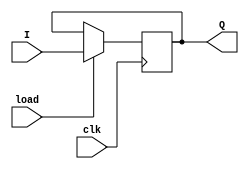
`timescale 1ns / 1ps
//////////////////////////////////////////////////////////////////////////////////
// Company: 
// Engineer: 
// 
// Design Name: 
// Module Name: simple_register_load
// Project Name: 
// Target Devices: 
// Tool Versions: 
// Description: 
// 
// Dependencies: 
// 
// Revision:
// Revision 0.01 - File Created
// Additional Comments:
// 
//////////////////////////////////////////////////////////////////////////////////


module simple_register_load
    #(parameter N = 4)(
        input clk,
        input load,
        input [N - 1:0] I,
        output [N - 1:0] Q        
    );
    
    reg [N - 1:0] Q_reg, Q_next;
    
    always @(posedge clk)
    begin
        Q_reg <= Q_next;
    end
    
    // Next State logic
    always @(load, I, Q_reg)
    begin
        if (load)
            Q_next = I;
        else
            Q_next = Q_reg;
    end
    
    // Output logic
    assign Q = Q_reg;
endmodule